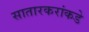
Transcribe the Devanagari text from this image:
सातारकरांकडे